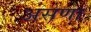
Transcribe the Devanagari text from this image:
असणा